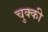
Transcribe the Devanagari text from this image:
चुक्की